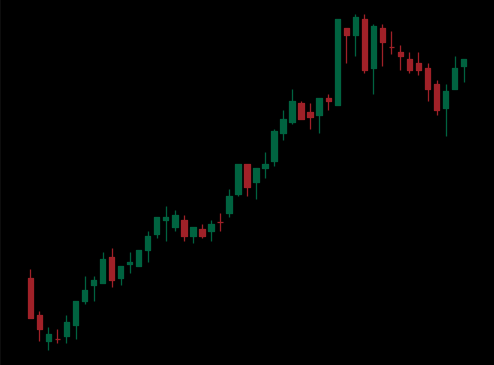
Pattern: bear_flag